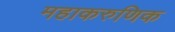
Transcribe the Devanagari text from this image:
महाकरुणिक